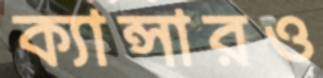
ক্যান্সারও